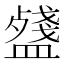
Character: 𥂥